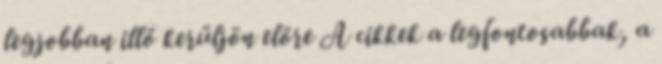
legjobban illő kerüljön előre A cikkek a legfontosabbak, a